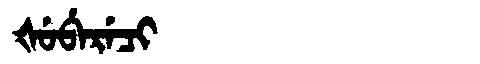
Manchu: ᡧᡠᠪᡝᡵᡝᠴᡳ
Romanization: ŠUBERECI